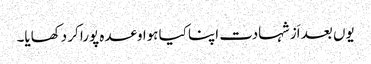
یوں بعد اَز شہادت اپنا کیا ہوا وعدہ پورا کر دکھایا۔